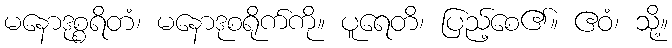
မနောဒုစ္စရိတံ၊ မနောဒုစရိုက်ကို။ ပူရေတိ၊ ပြည့်စေ၏။ ဧဝံ၊ သို့။